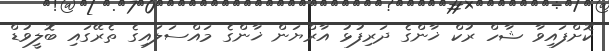
ކޮށްފައިވާ ޝާހް ރުކް ޚާންގެ ދަރިފުޅު އާރްޔަން ޚާންގެ މައްސަލައިގެ ތެރޭގައި ބޮލީވުޑް